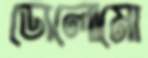
ডোলোমো